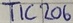
Text: TIC206